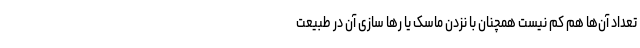
تعداد آن‌ها هم کم نیست همچنان با نزدن ماسک یا رها سازی آن در طبیعت